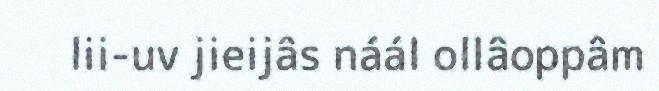
lii-uv jieijâs náál ollâoppâm